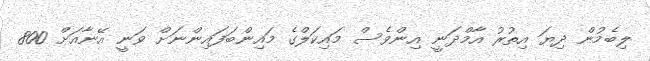
ލިބެމުން ދިޔަ އިތުރު އާމްދަނީ އިންވެސް މައިކަލްގެ މައިންބަފައިންނަށް ވަނީ އޭނާއަށް 800